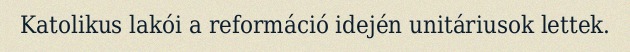
Katolikus lakói a reformáció idején unitáriusok lettek.